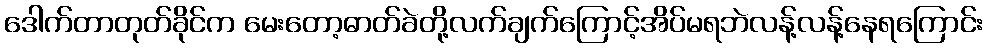
ဒေါက်တာတုတ်ခိုင်က မေးတော့ဓာတ်ခဲတို့လက်ချက်ကြောင့်အိပ်မရဘဲလန့်လန့်နေရကြောင်း